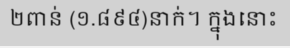
២ពាន់ (១.៨៩៤)នាក់។ ក្នុងនោះ